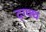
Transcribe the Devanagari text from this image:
द्ग्फ्ध